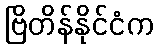
ဗြိတိန်နိုင်ငံက